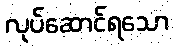
လုပ်ဆောင်ရသော